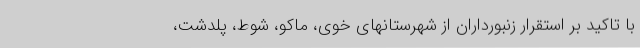
با تاکید بر استقرار زنبورداران از شهرستانهای خوی، ماکو، شوط، پلدشت،